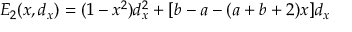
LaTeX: E _ { 2 } ( x , d _ { x } ) = ( 1 - x ^ { 2 } ) d _ { x } ^ { 2 } + [ b - a - ( a + b + 2 ) x ] d _ { x }